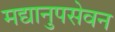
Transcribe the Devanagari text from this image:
मद्यानुपसेवन